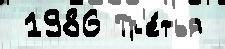
 1986 Тр'е́тья